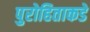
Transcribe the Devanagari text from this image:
पुरोहिताकडे